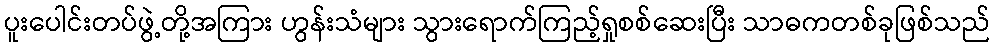
ပူးပေါင်းတပ်ဖွဲ့တို့အကြား ဟွန်းသံများ သွားရောက်ကြည့်ရှုစစ်ဆေးပြီး သာဓကတစ်ခုဖြစ်သည်